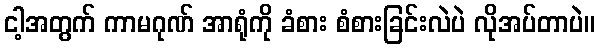
ငါ့အတွက် ကာမဂုဏ် အာရုံကို ခံစား စံစားခြင်းလဲပဲ လိုအပ်တာပဲ။